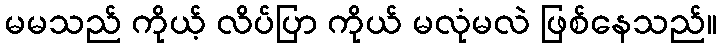
မမသည် ကိုယ့် လိပ်ပြာ ကိုယ် မလုံမလဲ ဖြစ်နေသည်။